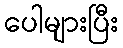
ပေါများပြီး